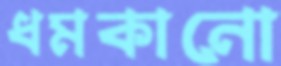
ধমকানো